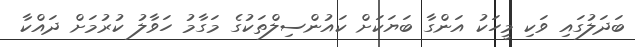
ބަދަލުގައި ވަކި މީހަކު އަންގާ ބަޔަކަށް ކައުންސިލްތަކުގެ މަގާމު ހަވާލު ކުރުމަށް ދައްކާ